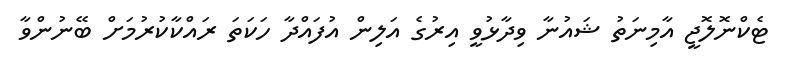
ޓެކްނޮލޮޖީ އާމިނަތު ޝައުނާ ވިދާޅުވީ އިރުގެ އަލިން އުފައްދާ ހަކަތަ ރައްކާކުރުމަށް ބޭނުންވާ